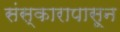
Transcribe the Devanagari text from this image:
संस्कारापासून